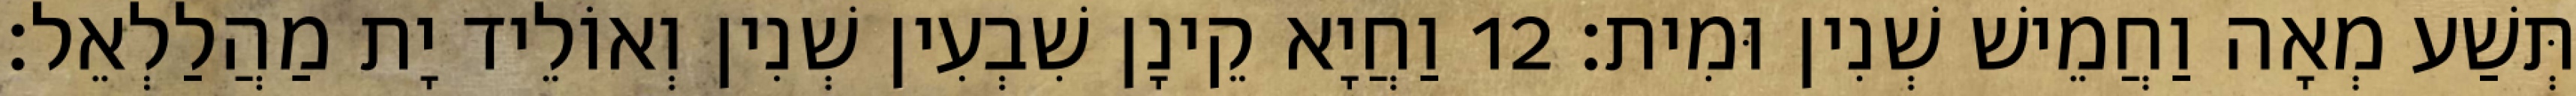
תְּשַׁע מְאָה וַחֲמֵישׁ שְׁנִין וּמִית׃ 12 וַחֲיָא קֵינָן שִׁבְעִין שְׁנִין וְאוֹלֵיד יָת מַהֲלַלְאֵל׃